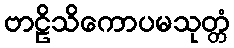
ဗာဠိသိကောပမသုတ္တံ